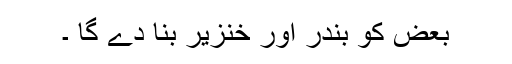
بعض کو بندر اور خنزیر بنا دے گا ۔